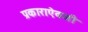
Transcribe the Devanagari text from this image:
प्रकाराऐवजी